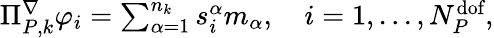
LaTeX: \begin{array}{r}{\Pi_{{P},k}^{\nabla}\varphi_{i}=\sum_{\alpha=1}^{n_{k}}s_{i}^{\alpha}m_{\alpha},\quad i=1,...,N_{{P}}^{\textrm{dof}},}\end{array}